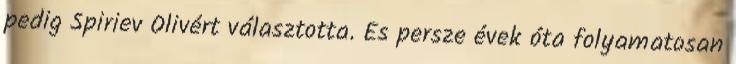
pedig Spiriev Olivért választotta. És persze évek óta folyamatosan